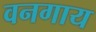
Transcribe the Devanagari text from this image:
वनगाय